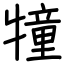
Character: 犝